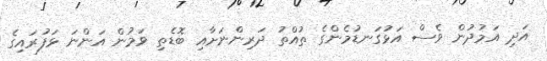
އަދި އަމުދުން ވެސް އަޅުގަނޑުމެންގެ ތުއްތު ދަރިންނަށާއި ބޮޑެތި ވަމުން އަންނަ ޅަފުރައިގެ